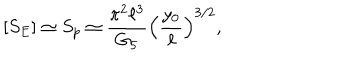
[ S _ { E } ] \simeq S _ { p } \simeq \frac { \pi ^ { 2 } \ell ^ { 3 } } { G _ { 5 } } \Bigl ( \frac { y _ { 0 } } { \ell } \Bigr ) ^ { 3 / 2 } ,